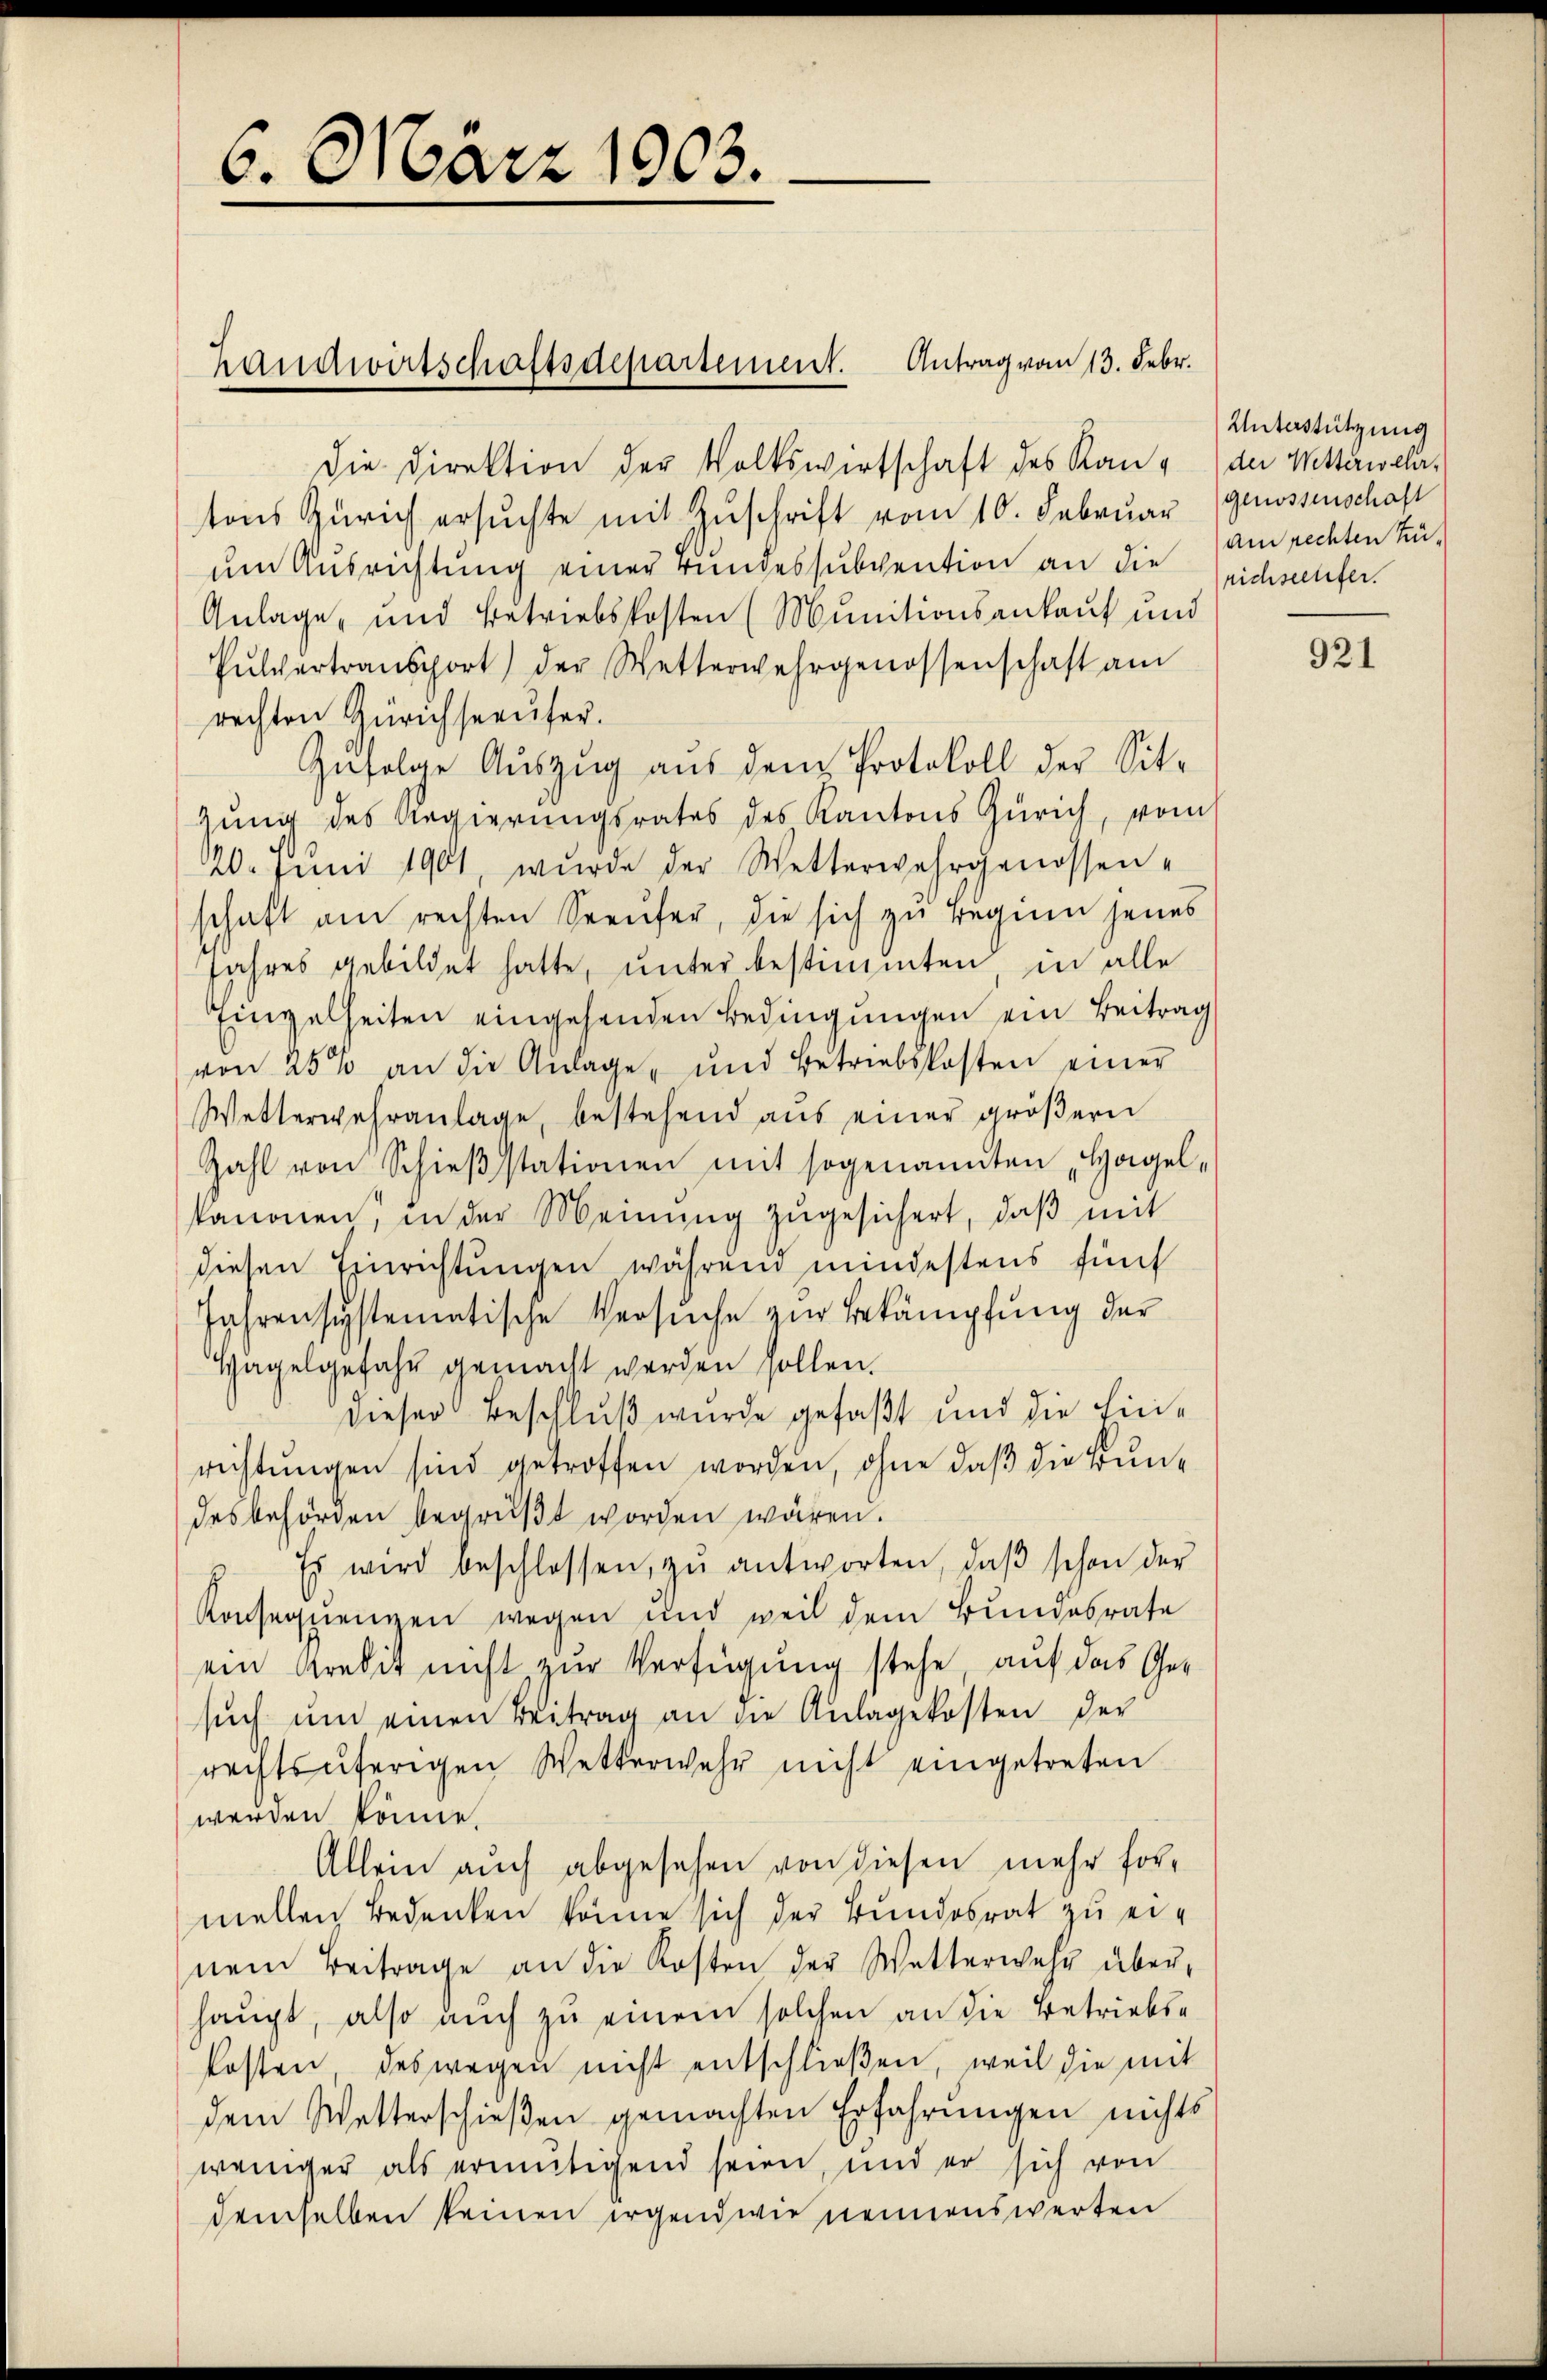
6. März 1903.

Handwirtschaftsdepartement. Antrag vom 13. Febr.

tons Zürich ersuchte mit Zuschrift vom 10. Februar (Genossenschaft
um Ausrichtung einer Bundessubvention an die Zeichschfer.
Anlage, und Betriebskosten (Munitionsankauf und
Pŭlvertransport) der Wetterwehrgenossenschaft am
rechten Zürichseeufer.
Zŭfolge Aŭszŭg aŭs dem Protokoll der Sit-
gung des Regierungsrates des Kantons Zürich, vom
20. Juni 1901, wŭrde der Wetterwahrgenossen-
schaft am rechten Seeufer, die sich zu beginn jenes
Jahres gebildet hatte, unter bestimmten in alle
Einzelheiten eingehenden Bedingungen ein Beitrag
von 25% an die Anlage, und Betriebskosten einer
Wetterwehranlage, bestehend aus einer größern
Zahl von Schießstationen mit sogenannten „Hagelkanonen, in der Meinung zugesichert, daβ mit
diesen Einrichtungen während mindestens fünf
Jahrensystematische Versuche zur Bekämpfung der
Hagelgefahr gemacht werden sollen.
dieser Beschluß wurde gefaßt und die Einrichtungen sind getroffen worden, ohne daß die Bundesbehörden begrüßt worden wären.
Es wird beschlossen, zŭ antworten, daβ schon der
Konsequenzen wegen und weil dem Bundesrate
ein Kredit nicht zur Verfügung stehe, auf das Gesuch um einen Beitrag an die Anlagekosten der
rechtsuferigen Wetterwehr nicht eingetreten
werden könne.
Allein auch abgesehen von diesen mehr formellen Bedenken könne sich der Bundesrat zu einem Beitrage an die Kosten der Wetterwehr über-
haupt, also auch zu einem solchen an die Betriebskosten, deswegen nicht entschließen, weil die mit
dem Wetterschießen gemachten Erfahrungen nichts
weniger als ermutigend seien, und er sich von
demselben keinen irgendwie nennenswerten

die Direktion der Volkswirtschaft des Kan der Wetterwehr¬

Unterstützung
am rechten Zu¬

921